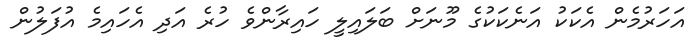
އަހަރުމެން އެކަކު އަނެކަކުގެ މޫނަށް ބަލައިލީ ހައިރާންވެ ހުރެ އަދި އެހައިމެ އުފަލުން